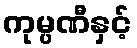
ကုမ္ပဏီနှင့်